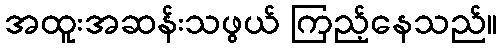
အထူးအဆန်းသဖွယ် ကြည့်နေသည်။